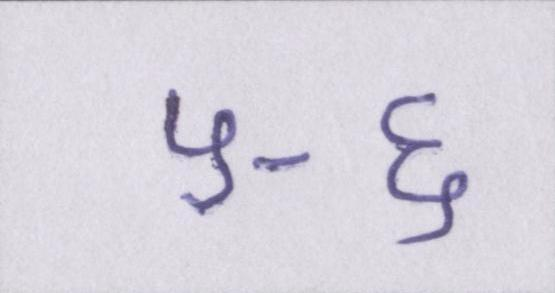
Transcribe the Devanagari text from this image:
५-६